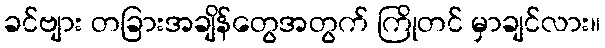
ခင်ဗျား တခြားအချိန်တွေအတွက် ကြိုတင် မှာချင်လား။